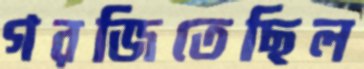
গরজিতেছিল